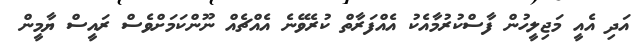
އަދި އެއީ މަޖިލީހުން ފާސްކުރުމާއެކު އެއްފަރާތް ކުރެވޭނެ އެއްޗެއް ނޫންކަމަށްވެސް ރައީސް ޔާމީން